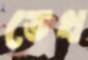
ভেখ